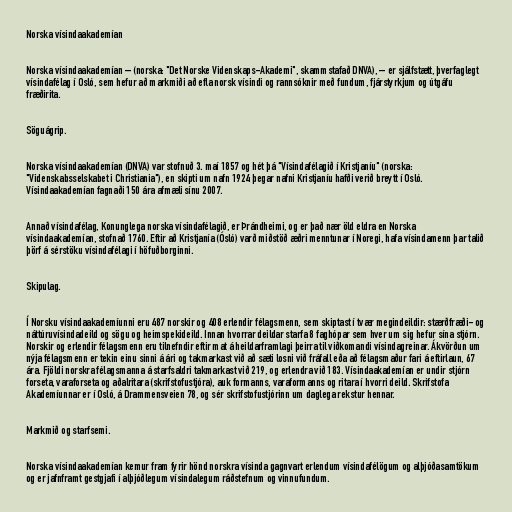
Norska vísindaakademían

Norska vísindaakademían – (norska: "Det Norske Videnskaps-Akademi", skammstafað DNVA), – er sjálfstætt, þverfaglegt
vísindafélag í Osló, sem hefur að markmiði að efla norsk vísindi og rannsóknir með fundum, fjárstyrkjum og útgáfu
fræðirita.

Söguágrip.

Norska vísindaakademían (DNVA) var stofnuð 3. maí 1857 og hét þá "Vísindafélagið í Kristjaníu" (norska:
"Videnskabsselskabet i Christiania"), en skipti um nafn 1924 þegar nafni Kristjaníu hafði verið breytt í Osló.
Vísindaakademían fagnaði 150 ára afmæli sínu 2007.

Annað vísindafélag, Konunglega norska vísindafélagið, er Þrándheimi, og er það nær öld eldra en Norska
vísindaakademían, stofnað 1760. Eftir að Kristjanía (Ósló) varð miðstöð æðri menntunar í Noregi, hafa vísindamenn þar talið
þörf á sérstöku vísindafélagi í höfuðborginni.

Skipulag.

Í Norsku vísindaakademíunni eru 487 norskir og 408 erlendir félagsmenn, sem skiptast í tvær megindeildir: stærðfræði- og
náttúruvísindadeild og sögu og heimspekideild. Innan hvorrar deildar starfa 8 faghópar sem hver um sig hefur sína stjórn.
Norskir og erlendir félagsmenn eru tilnefndir eftir mat á heildarframlagi þeirra til viðkomandi vísindagreinar. Ákvörðun um
nýja félagsmenn er tekin einu sinni á ári og takmarkast við að sæti losni við fráfall eða að félagsmaður fari á eftirlaun, 67
ára. Fjöldi norskra félagsmanna á starfsaldri takmarkast við 219, og erlendra við 183. Vísindaakademían er undir stjórn
forseta, varaforseta og aðalritara (skrifstofustjóra), auk formanns, varaformanns og ritara í hvorri deild. Skrifstofa
Akademíunnar er í Osló, á Drammensveien 78, og sér skrifstofustjórinn um daglega rekstur hennar.

Markmið og starfsemi.

Norska vísindaakademían kemur fram fyrir hönd norskra vísinda gagnvart erlendum vísindafélögum og alþjóðasamtökum
og er jafnframt gestgjafi í alþjóðlegum vísindalegum ráðstefnum og vinnufundum.